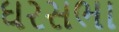
ઘરસભા